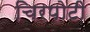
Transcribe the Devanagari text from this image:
चिरपोटी